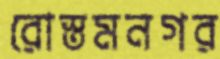
রোস্তমনগর